65_HS1-834228961_62-HQ-83894_Section_5
Agency: FBI
Page 44
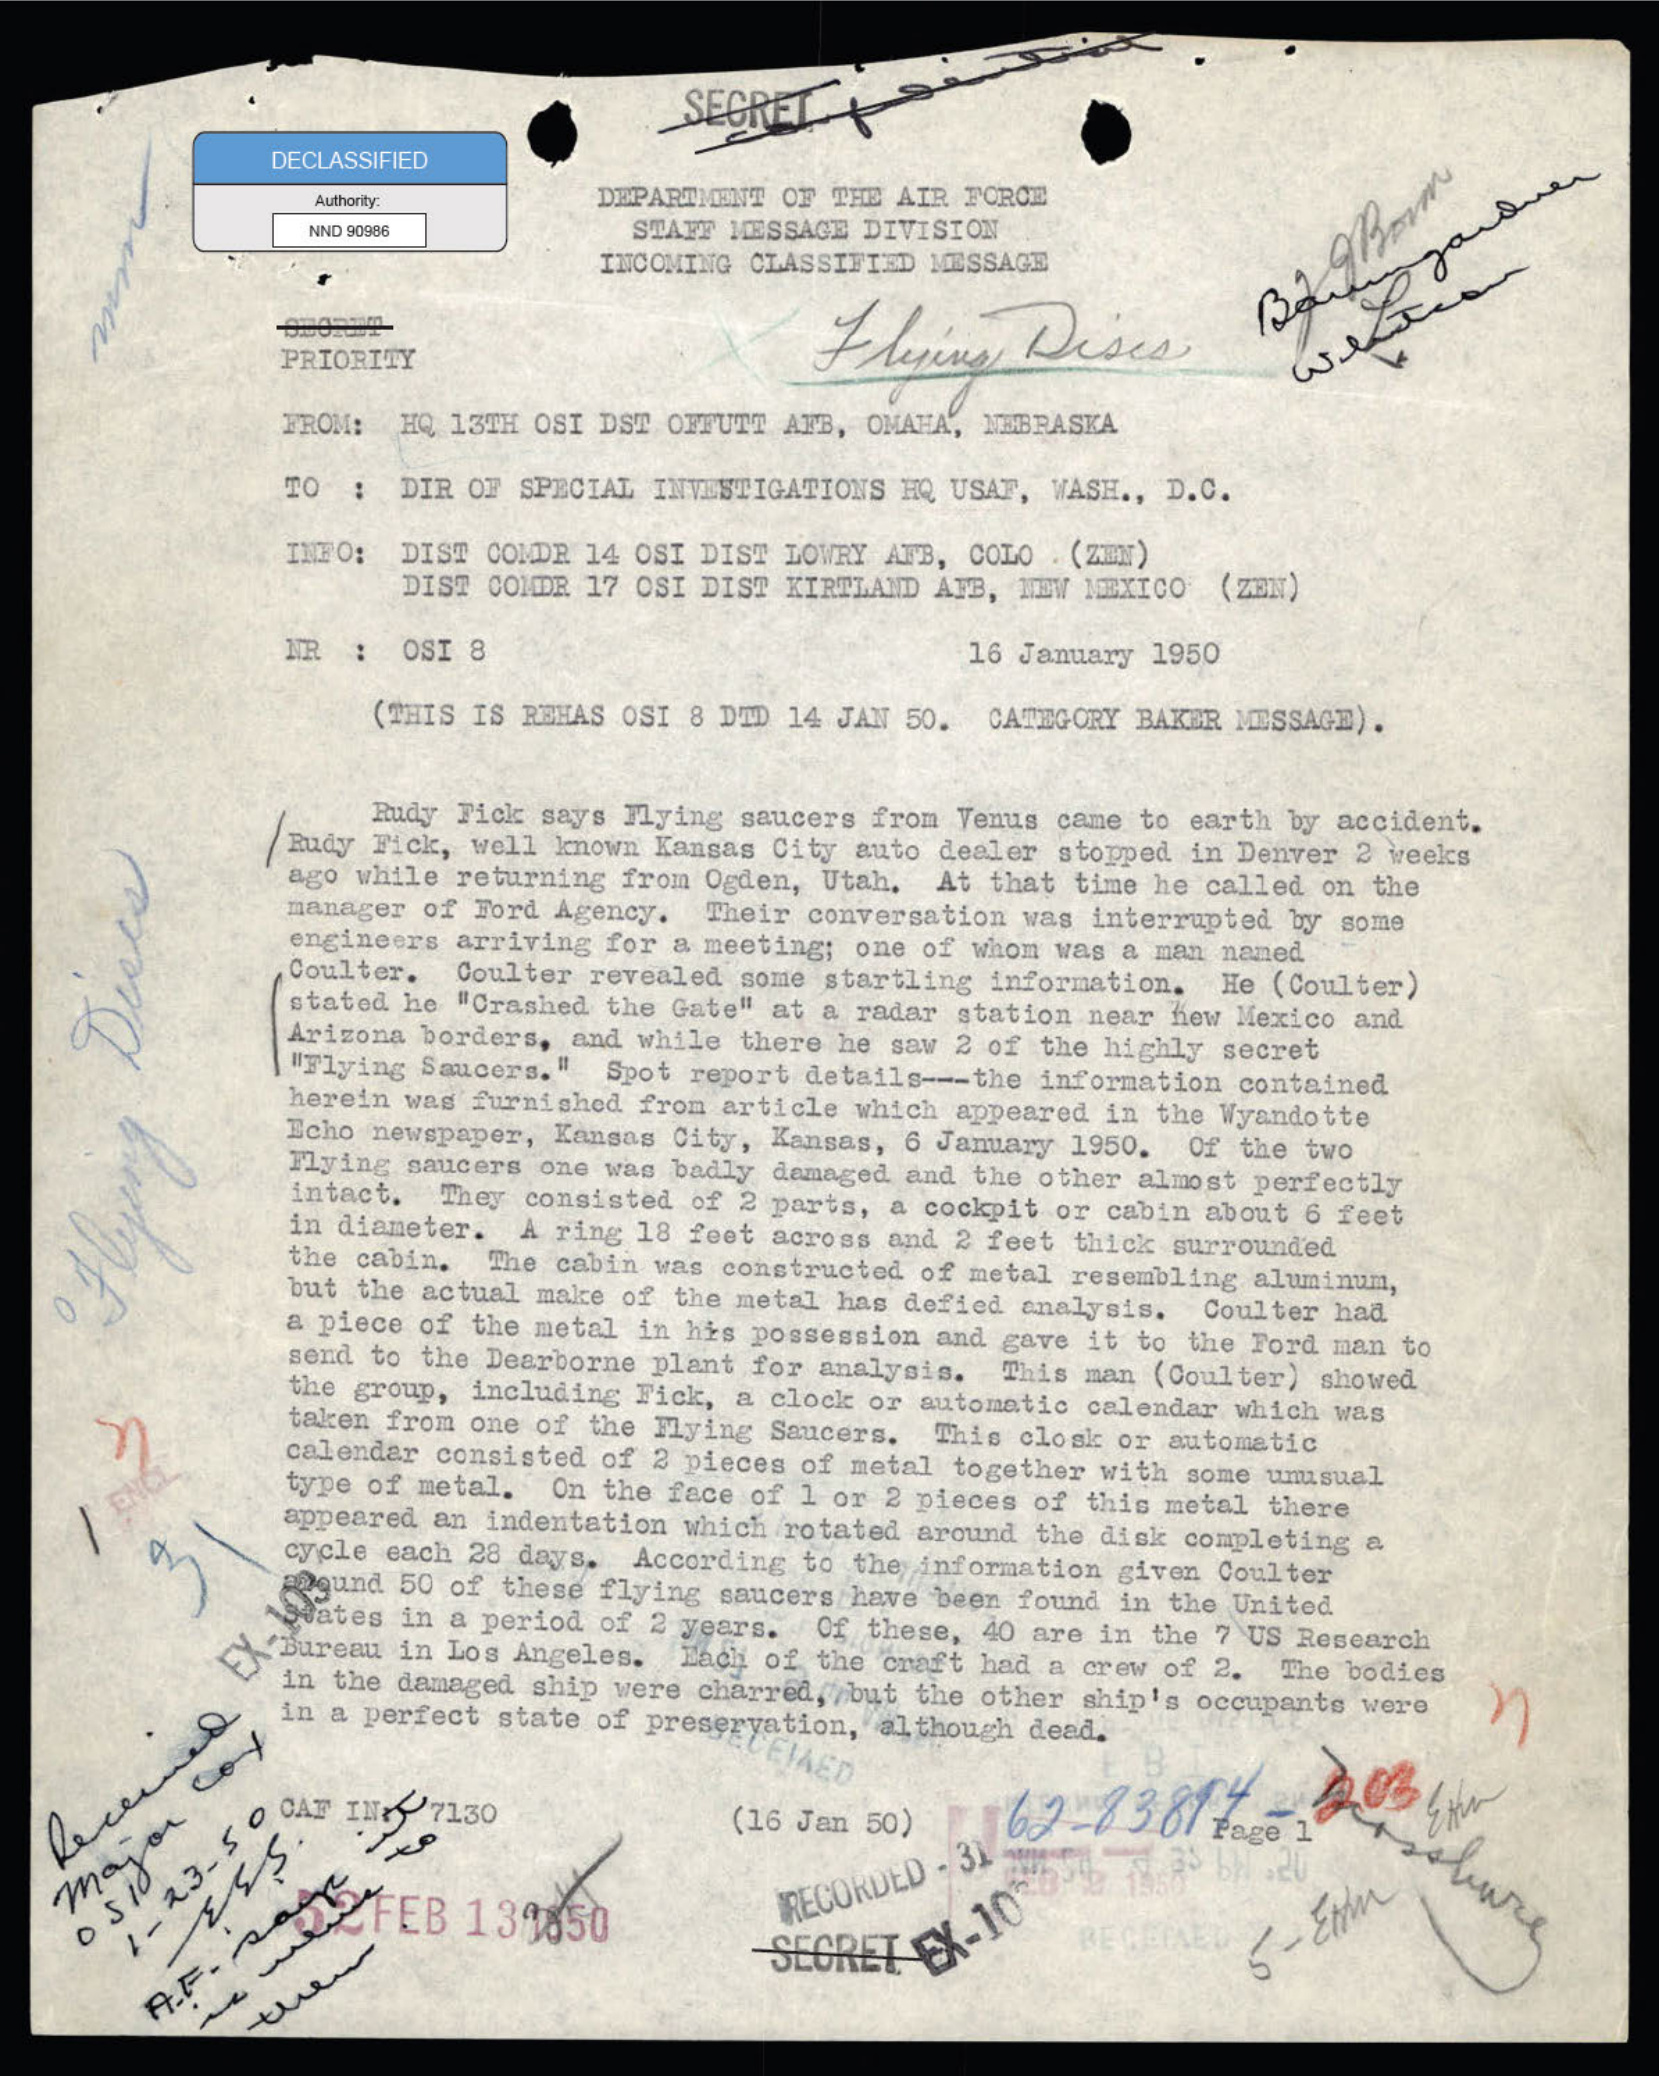